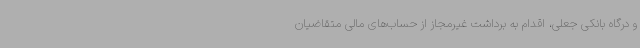
و درگاه بانکی جعلی، اقدام به برداشت غیرمجاز از حساب‌های مالی متقاضیان